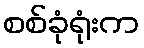
စစ်ခုံရုံးက